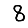
Digit: 8